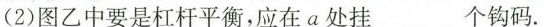
( 2 ) 图乙中要是杠杆平衡，应在a处挂 ___ 个钩码.